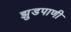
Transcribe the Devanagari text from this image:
झुडपाणी